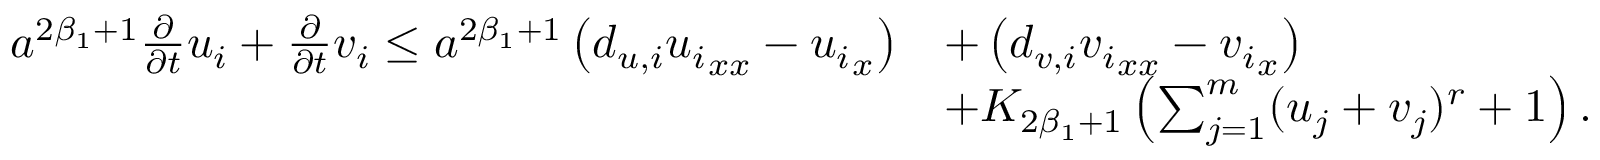
\begin{array} { r l } { a ^ { 2 \beta _ { 1 } + 1 } \frac { \partial } { \partial t } u _ { i } + \frac { \partial } { \partial t } v _ { i } \le a ^ { 2 \beta _ { 1 } + 1 } \left( d _ { u , i } { u _ { i } } _ { x x } - { u _ { i } } _ { x } \right) } & { + \left( d _ { v , i } { v _ { i } } _ { x x } - { v _ { i } } _ { x } \right) } \\ & { + K _ { 2 \beta _ { 1 } + 1 } \left( \sum _ { j = 1 } ^ { m } ( u _ { j } + v _ { j } ) ^ { r } + 1 \right) . } \end{array}